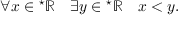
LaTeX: \forall x \in { } ^ { \star } \mathbb { R } \quad \exists y \in { } ^ { \star } \mathbb { R } \quad x < y .